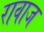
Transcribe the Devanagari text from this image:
रावाज